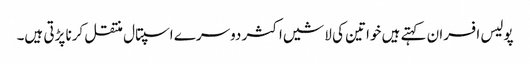
پولیس افسران کہتے ہیں خواتین کی لاشیں اکثر دوسرے اسپتال منتقل کرنا پڑتی ہیں۔